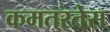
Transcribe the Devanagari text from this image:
कमतरतेस